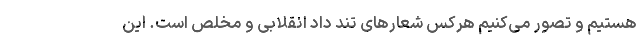
هستیم و تصور می‌کنیم هرکس شعارهای تند داد انقلابی و مخلص است. این